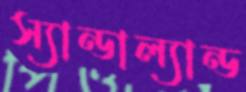
স্যান্ডাল্যান্ড